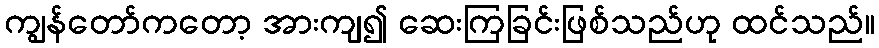
ကျွန်တော်ကတော့ အားကျ၍ ဆေးကြခြင်းဖြစ်သည်ဟု ထင်သည်။